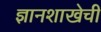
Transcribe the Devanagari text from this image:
ज्ञानशाखेची